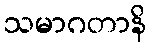
သမာဂတာနိ